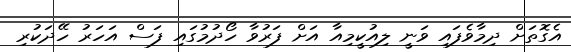
އެގޮތަށް ދިމާވެފައި ވަނީ ލިއުކީމިއާ އަށް ފަރުވާ ހޯދުމުގައި ފަސް އަހަރު ހޭދަކުރި